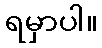
ရမှာပါ။